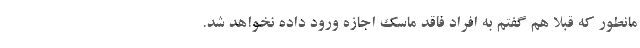
مانطور که قبلا هم گفتم به افراد فاقد ماسک اجازه ورود داده نخواهد شد.